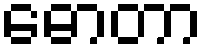
ဓောတာ